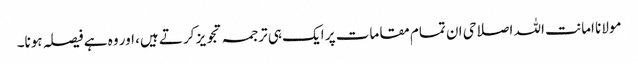
مولانا امانت اللہ اصلاحی ان تمام مقامات پر ایک ہی ترجمہ تجویز کرتے ہیں، اور وہ ہے فیصلہ ہونا۔